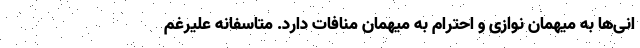
انی‌ها به میهمان نوازی و احترام به میهمان منافات دارد. متاسفانه علیرغم